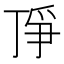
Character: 𬻗